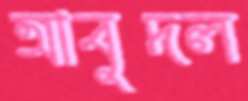
আবুদল